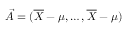
{ \vec { A } } = ( { \overline { { X } } } - \mu , \ldots , { \overline { { X } } } - \mu )